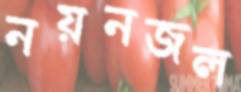
নয়নজল